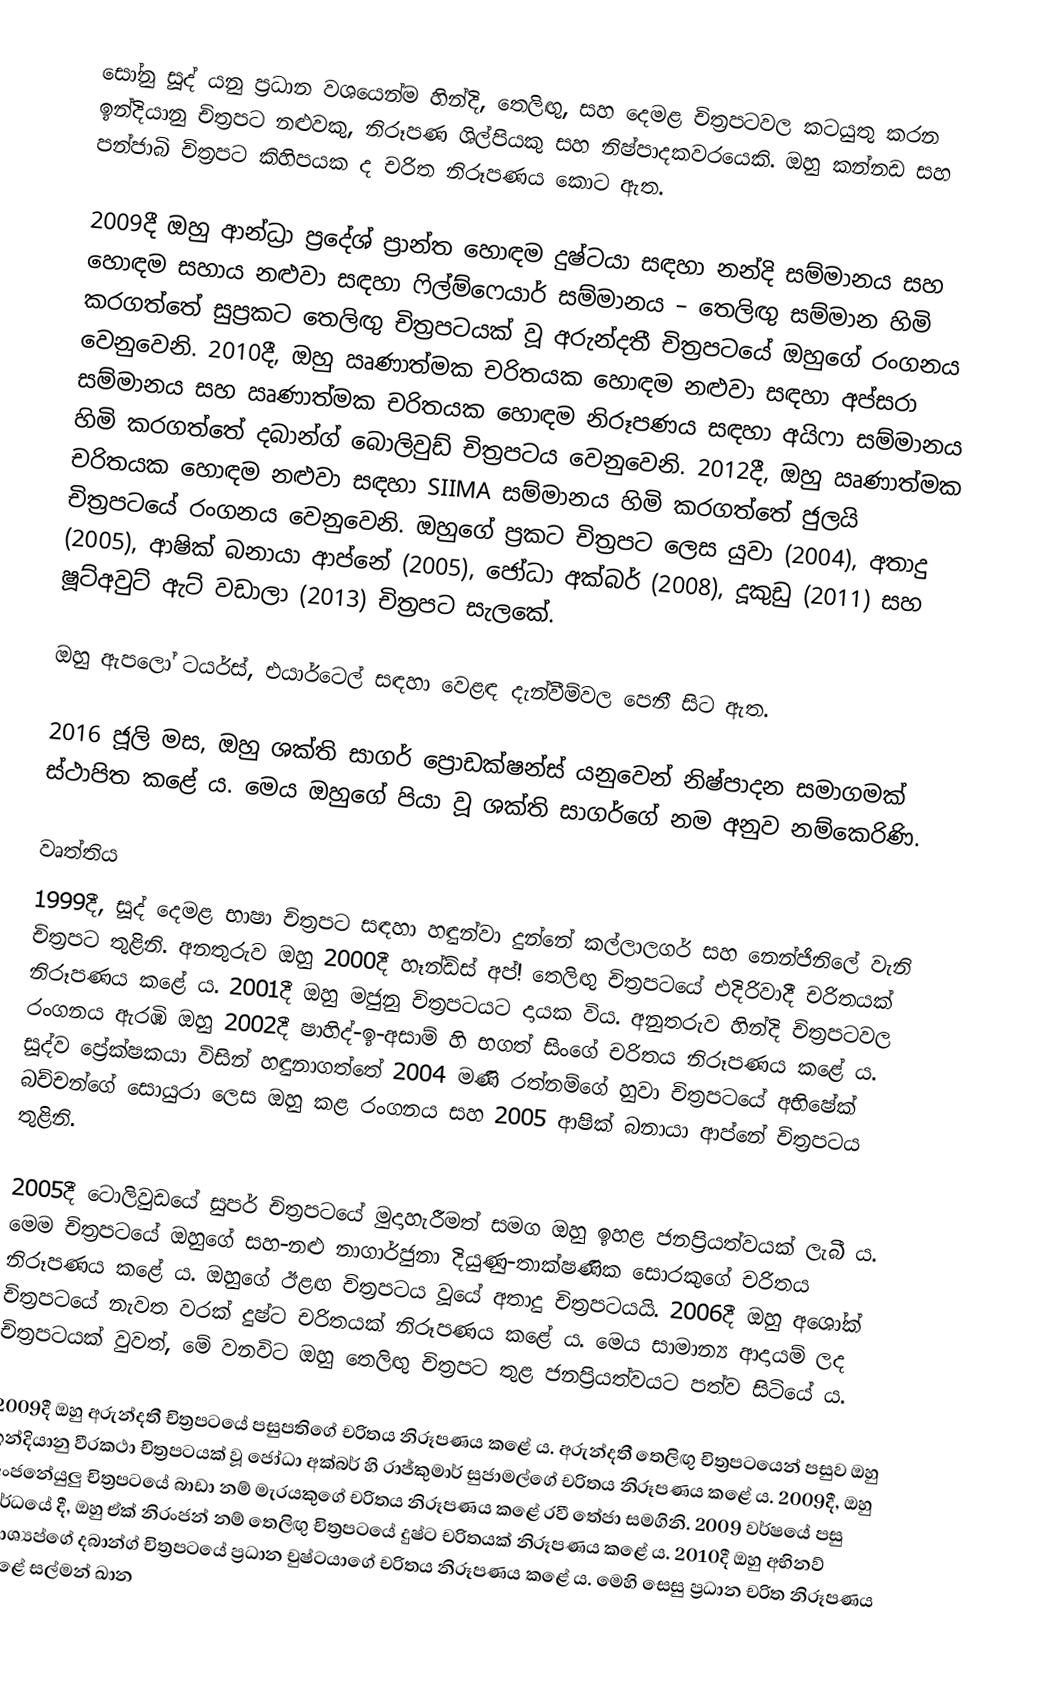
සෝනු සූද් යනු ප්‍රධාන වශයෙන්ම හින්දි, තෙලිඟු, සහ දෙමළ චිත්‍රපටවල කටයුතු කරන ඉන්දියානු චිත්‍රපට නළුවකු, නිරූපණ ශිල්පියකු සහ නිෂ්පාදකවරයෙකි. ඔහු කන්නඩ සහ පන්ජාබි චිත්‍රපට කිහිපයක ද චරිත නිරූපණය කොට ඇත.

2009දී ඔහු ආන්ධ්‍රා ප්‍රදේශ් ප්‍රාන්ත හොඳම දුෂ්ටයා සඳහා නන්දි සම්මානය සහ හොඳම සහාය නළුවා සඳහා ෆිල්ම්ෆෙයාර් සම්මානය – තෙලිඟු සම්මාන හිමි කරගත්තේ සුප්‍රකට තෙලිඟු චිත්‍රපටයක් වූ අරුන්දතී චිත්‍රපටයේ ඔහුගේ රංගනය වෙනුවෙනි. 2010දී, ඔහු ඍණාත්මක චරිතයක හොඳම නළුවා සඳහා අප්සරා සම්මානය සහ ඍණාත්මක චරිතයක හොඳම නිරූපණය සඳහා අයිෆා සම්මානය හිමි කරගත්තේ දබාන්ග් බොලිවුඩ් චිත්‍රපටය වෙනුවෙනි. 2012දී, ඔහු ඍණාත්මක චරිතයක හොඳම නළුවා සඳහා SIIMA සම්මානය හිමි කරගත්තේ ජුලයි චිත්‍රපටයේ රංගනය වෙනුවෙනි. ඔහුගේ ප්‍රකට චිත්‍රපට ලෙස යුවා (2004), අතාදු (2005), ආෂික් බනායා ආප්නේ (2005), ජෝධා අක්බර් (2008), දූකුඩු (2011) සහ ෂූට්අවුට් ඇට් වඩාලා (2013) චිත්‍රපට සැලකේ.

ඔහු ඇපලෝ ටයර්ස්, එයාර්ටෙල් සඳහා වෙළඳ දැන්වීම්වල පෙනී සිට ඇත.

2016 ජූලි මස, ඔහු ශක්ති සාගර් ප්‍රොඩක්ෂන්ස් යනුවෙන් නිෂ්පාදන සමාගමක් ස්ථාපිත කළේ ය. මෙය ඔහුගේ පියා වූ ශක්ති සාගර්ගේ නම අනුව නම්කෙරිණි.

වෘත්තිය
1999දී, සූද් දෙමළ භාෂා චිත්‍රපට සඳහා හඳුන්වා දුන්නේ කල්ලාලගර් සහ නෙන්ජිනිලේ වැනි චිත්‍රපට තුළිනි. අනතුරුව ඔහු 2000දී හෑන්ඩ්ස් අප්! තෙලිඟු චිත්‍රපටයේ එදිරිවාදී චරිතයක් නිරූපණය කළේ ය. 2001දී ඔහු මජුනු චිත්‍රපටයට දායක විය. අනුතරුව හින්දි චිත්‍රපටවල රංගනය ඇරඹි ඔහු 2002දී ෂාහිද්-ඉ-අසාම් හි භගත් සිංගේ චරිතය නිරූපණය කළේ ය. සූද්ව ප්‍රේක්ෂකයා විසින් හඳුනාගත්තේ 2004 මණි රත්නම්ගේ හුවා චිත්‍රපටයේ අභිෂේක් බච්චන්ගේ සොයුරා ලෙස ඔහු කළ රංගනය සහ 2005 ආෂික් බනායා ආප්නේ චිත්‍රපටය තුළිනි.

2005දී ටොලිවුඩයේ සුපර් චිත්‍රපටයේ මුදාහැරීමත් සමග ඔහු ඉහළ ජනප්‍රියත්වයක් ලැබී ය. මෙම චිත්‍රපටයේ ඔහුගේ සහ-නළු නාගාර්ජුනා දියුණු-තාක්ෂණික සොරකුගේ චරිතය නිරූපණය කළේ ය. ඔහුගේ ඊළඟ චිත්‍රපටය වූයේ අතාදු චිත්‍රපටයයි. 2006දී ඔහු අශෝක් චිත්‍රපටයේ නැවත වරක් දුෂ්ට චරිතයක් නිරූපණය කළේ ය. මෙය සාමාන්‍ය ආදායම් ලද චිත්‍රපටයක් වුවත්, මේ වනවිට ඔහු තෙලිඟු චිත්‍රපට තුළ ජනප්‍රියත්වයට පත්ව සිටියේ ය.

2009දී ඔහු අරුන්දතී චිත්‍රපටයේ පසුපතිගේ චරිතය නිරූපණය කළේ ය. අරුන්දතී තෙලිඟු චිත්‍රපටයෙන් පසුව ඔහු ඉන්දියානු වීරකථා චිත්‍රපටයක් වූ ජෝධා අක්බර් හි රාජ්කුමාර් සුජාමල්ගේ චරිතය නිරූපණය කළේ ය. 2009දී, ඔහු අංජනේයුලු චිත්‍රපටයේ බාඩා නම් මැරයකුගේ චරිතය නිරූපණය කළේ රවී තේජා සමගිනි. 2009 වර්ෂයේ පසු අර්ධයේ දී, ඔහු ඒක් නිරංජන් නම් තෙලිඟු චිත්‍රපටයේ දුෂ්ට චරිතයක් නිරූපණය කළේ ය. 2010දී ඔහු අභිනව් කාශ්‍යප්ගේ දබාන්ග් චිත්‍රපටයේ ප්‍රධාන චුෂ්ටයාගේ චරිතය නිරූපණය කළේ ය. මෙහි සෙසු ප්‍රධාන චරිත නිරූපණය කළේ සල්මන් ඛාන